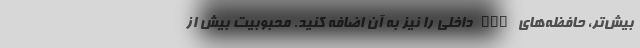
بیش‌تر، حافظه‌های SSD داخلی را نیز به آن اضافه کنید. محبوبیت بیش از